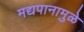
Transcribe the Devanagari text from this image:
मद्यपानामुळे